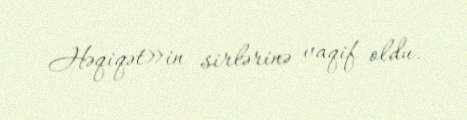
Həqiqət»in sirlərinə vaqif oldu.